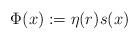
LaTeX: \begin{align*}\Phi(x):=\eta(r)s(x)\end{align*}